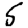
Digit: 5